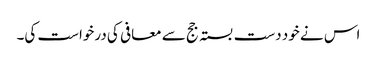
اس نے خود دست بستہ جج سے معافی کی درخواست کی۔